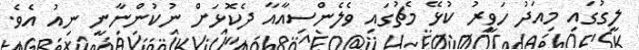
ލީގުގައި މިއަދު ހަވީރު ކުޅޭ މެޗުގައި ވެލެންސިއާއާ ދެކޮޅަށް ނުކުންނާނީ ނިއު އެވެ.